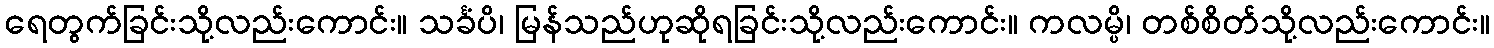
ရေတွက်ခြင်းသို့လည်းကောင်း။ သင်္ခံပိ၊ မြန်သည်ဟုဆိုရခြင်းသို့လည်းကောင်း။ ကလမ္ပိ၊ တစ်စိတ်သို့လည်းကောင်း။